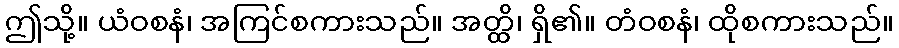
ဤသို့။ ယံဝစနံ၊ အကြင်စကားသည်။ အတ္ထိ၊ ရှိ၏။ တံဝစနံ၊ ထိုစကားသည်။